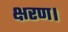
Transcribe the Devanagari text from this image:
क्षरण।